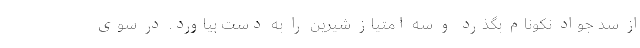
از سد جواد نکونام بگذرد و سه امتیاز شیرین را به دست بیاورد. در سوی